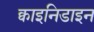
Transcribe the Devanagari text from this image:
क्वाइनिडाइन